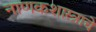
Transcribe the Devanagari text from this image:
नाणकशास्त्राचे